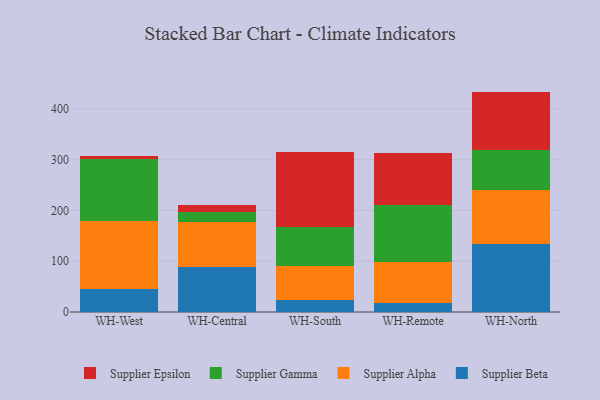
{"axis": {"x": "Warehouse", "y": "Conversion Rate (%)"}, "legend": ["Supplier Alpha", "Supplier Beta", "Supplier Epsilon", "Supplier Gamma"], "data": [{"x": "WH-West", "y": 44.7, "type": "Supplier Beta"}, {"x": "WH-West", "y": 134.8, "type": "Supplier Alpha"}, {"x": "WH-West", "y": 122.8, "type": "Supplier Gamma"}, {"x": "WH-West", "y": 5.1, "type": "Supplier Epsilon"}, {"x": "WH-Central", "y": 89.5, "type": "Supplier Beta"}, {"x": "WH-Central", "y": 87.3, "type": "Supplier Alpha"}, {"x": "WH-Central", "y": 19.6, "type": "Supplier Gamma"}, {"x": "WH-Central", "y": 13.5, "type": "Supplier Epsilon"}, {"x": "WH-South", "y": 24.0, "type": "Supplier Beta"}, {"x": "WH-South", "y": 66.8, "type": "Supplier Alpha"}, {"x": "WH-South", "y": 77.2, "type": "Supplier Gamma"}, {"x": "WH-South", "y": 147.8, "type": "Supplier Epsilon"}, {"x": "WH-Remote", "y": 18.5, "type": "Supplier Beta"}, {"x": "WH-Remote", "y": 79.8, "type": "Supplier Alpha"}, {"x": "WH-Remote", "y": 112.4, "type": "Supplier Gamma"}, {"x": "WH-Remote", "y": 102.5, "type": "Supplier Epsilon"}, {"x": "WH-North", "y": 133.6, "type": "Supplier Beta"}, {"x": "WH-North", "y": 106.7, "type": "Supplier Alpha"}, {"x": "WH-North", "y": 78.2, "type": "Supplier Gamma"}, {"x": "WH-North", "y": 115.6, "type": "Supplier Epsilon"}]}